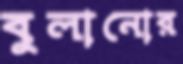
বুলানোর